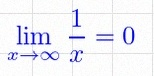
\lim_{x\to\infty}\frac{1}{x}=0